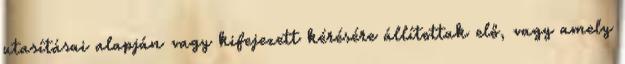
utasításai alapján vagy kifejezett kérésére állítottak elő, vagy amely